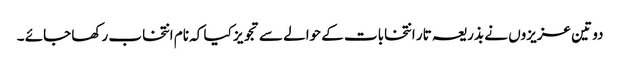
دو تین عزیزوں نے بذریعہ تار انتخابات کے حوالے سے تجویز کیا کہ نام انتخاب رکھا جائے ۔